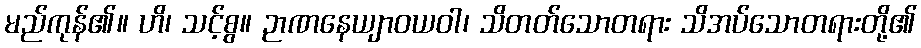
မည်ကုန်၏။ ဟိ၊ သင့်စွ။ ဉာဏနေယျာဝယဝါ၊ သိတတ်သောတရား သိအပ်သောတရားတို့၏